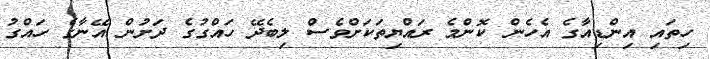
ހިތައި އިންޑިއާގެ އެހެން ކޮންމެ ރައްޔިތަކަށްވެސް ލިބެދޭ ހައްގުގެ ދަށުން އޭނާގެ ހައްގު